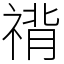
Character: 禙